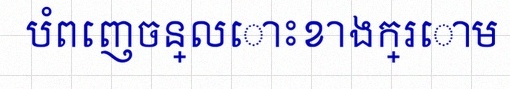
បំពេញចន្លោះខាងក្រោម